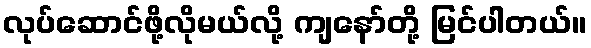
လုပ်ဆောင်ဖို့လိုမယ်လို့ ကျနော်တို့ မြင်ပါတယ်။